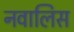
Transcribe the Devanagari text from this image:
नवालिस